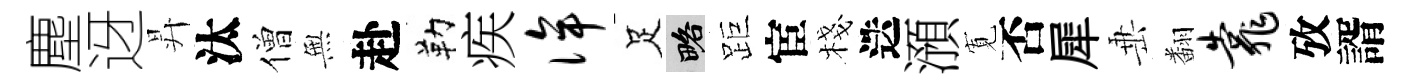
塵迓昇汰僧𭴾赴勒疾侔足略距宦棧迭澦𡩖否犀𡸁翻靠攷諝